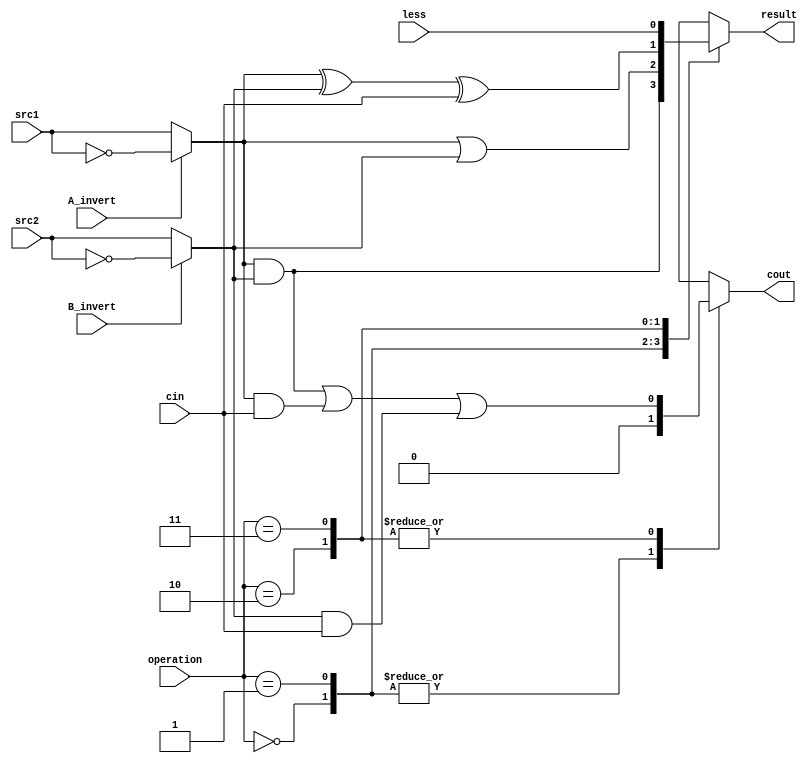
`timescale 1ns/1ps

//////////////////////////////////////////////////////////////////////////////////
// Company: 
// Engineer: 
// 
// Design Name: 
// Module Name:    alu_top 
// Project Name: 
// Target Devices: 
// Tool versions: 
// Description: 
//
// Dependencies: 
//
// Revision: 
// Revision 0.01 - File Created
// Additional Comments: 
//
//////////////////////////////////////////////////////////////////////////////////

module alu_top(
               src1,       //1 bit source 1 (input)
               src2,       //1 bit source 2 (input)
               less,       //1 bit less     (input)
               A_invert,   //1 bit A_invert (input)
               B_invert,   //1 bit B_invert (input)
               cin,        //1 bit carry in (input)
               operation,  //operation      (input)
               result,     //1 bit result   (output)
               cout        //1 bit carry out(output)
               );

parameter [1:0] AND  = 2'd0;
parameter [1:0] OR = 2'd1;
parameter [1:0] ADD = 2'd2;
parameter [1:0] SLT  = 2'd3;

input         src1;
input         src2;
input         less;
input         A_invert;
input         B_invert;
input         cin;
input [2-1:0] operation;

output        result;
output        cout;

reg           result;
reg	      cout;

wire	      src1_temp;
wire	      src2_temp;

assign src1_temp = (A_invert)?~src1:src1;
assign src2_temp = (B_invert)?~src2:src2;

always@( src1_temp or src2_temp or operation or cin or less)
begin
	cout = 1'd0;
	case(operation)
		AND: begin
			result = src1_temp & src2_temp;
		end
		OR:  begin
			result = src1_temp | src2_temp;
		end
		ADD: begin
			result = src1_temp ^ src2_temp ^ cin;
			cout = (src1_temp & src2_temp) | (src1_temp & cin) | (src2_temp & cin);
		end
		SLT: begin
			result = less;
			cout = (src1_temp & src2_temp) | (src1_temp & cin) | (src2_temp & cin);
		end
	endcase
end

endmodule